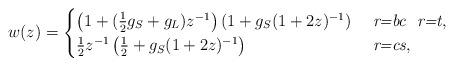
LaTeX: \begin{align*}w(z)= \begin{cases} \left( 1+(\frac{1}{2}g_S+g_L)z^{-1} \right) \left( 1+g_S(1+2z)^{-1} \right)&\ \emph{r=bc}\ \ \emph{r=t}, \\\frac{1}{2} z^{-1} \left( \frac{1}{2}+g_S(1+2z)^{-1} \right) &\ \emph{r=cs},\end{cases}\end{align*}